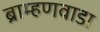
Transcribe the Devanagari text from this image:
ब्राम्हणवाडा